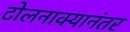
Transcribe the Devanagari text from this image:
टोलनाक्यानंतर